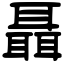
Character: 聶